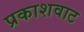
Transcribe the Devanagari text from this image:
प्रकाशवाट